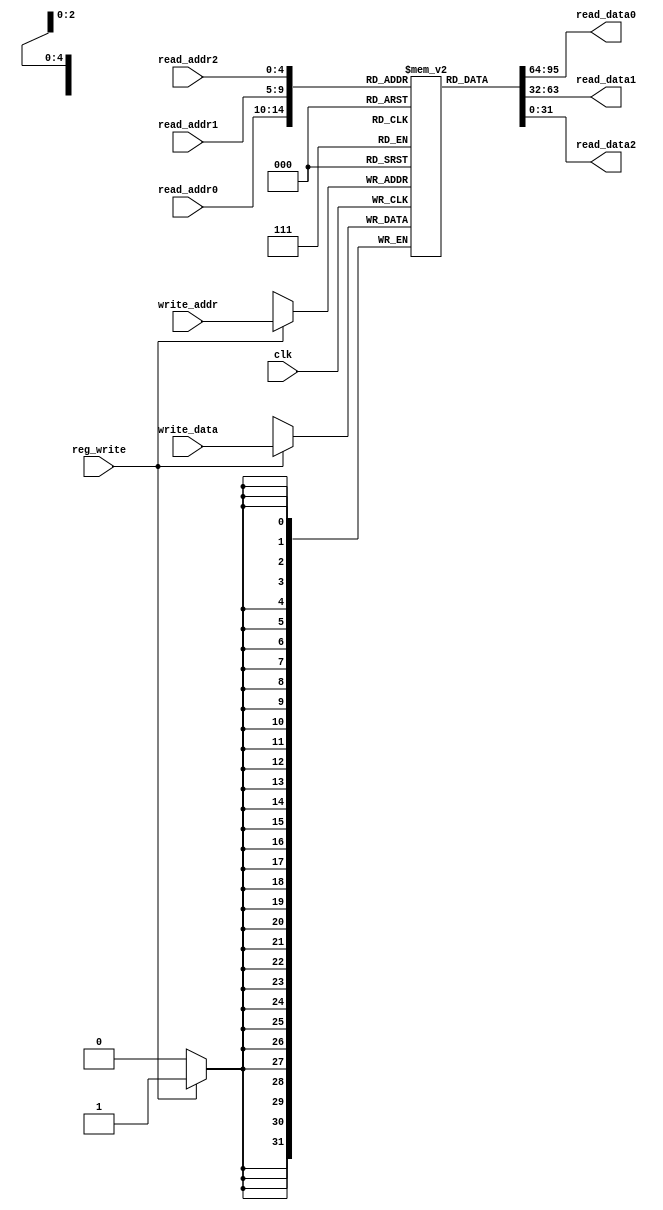
`timescale 1ns / 1ps
//////////////////////////////////////////////////////////////////////////////////
// Company: USTC
// Engineer: 
// 
// Design Name: 
// Module Name: registers
// Project Name: 
// Target Devices: Nexy4-DDR
// Tool Versions: 
// Description: CPU32
// 
// Dependencies: 
// 
// Revision:
// Revision 0.01 - File Created
// Additional Comments:
// 
//////////////////////////////////////////////////////////////////////////////////


module registers(
    input clk,reg_write,
input[4:0]read_addr0,read_addr1,read_addr2,write_addr,
input[31:0]write_data,
output reg [31:0]read_data0,read_data1,read_data2
    );
  
    reg[31:0]register[31:0];
    integer i=0;
      initial begin
          for(i=0;i<32;i=i+1)
            register[i]=0;
    end
   
    always@(*)begin
         read_data0=register[read_addr0];
     read_data1=register[read_addr1];
     read_data2=register[read_addr2];
        
    end
    always @(posedge clk) begin
        if(reg_write)
            register[write_addr]=write_data;
    end
endmodule